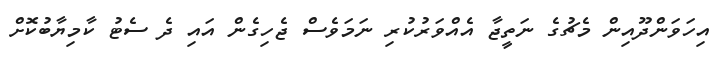
އިހަވަންދޫއިން މެޗުގެ ނަތީޖާ އެއްވަރުކުރި ނަމަވެސް ޖެހިގެން އައި ދެ ސެޓު ކާމިޔާބުކޮށް